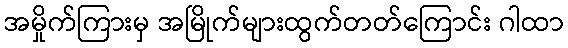
အမှိုက်ကြားမှ အမြိုက်များထွက်တတ်ကြောင်း ဂါထာ